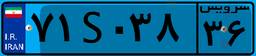
۷۱S۰۳۸۳۶